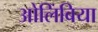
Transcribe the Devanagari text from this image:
ओलिंबिया